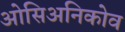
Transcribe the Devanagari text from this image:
ओसिअनिकोव